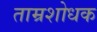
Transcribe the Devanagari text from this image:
ताम्रशोधक